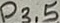
Text: P3.5